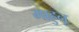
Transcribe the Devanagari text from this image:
माहुनू